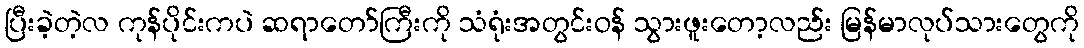
ပြီးခဲ့တဲ့လ ကုန်ပိုင်းကပဲ ဆရာတော်ကြီးကို သံရုံးအတွင်းဝန် သွားဖူးတော့လည်း မြန်မာလုပ်သားတွေကို